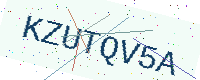
Text: KZUTQV5A